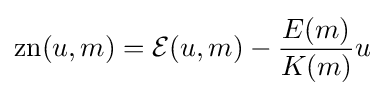
\operatorname {zn} (u,m)={\mathcal {E}}(u,m)-{\frac {E(m)}{K(m)}}u